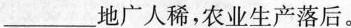
___地广人稀，农业生产落后。